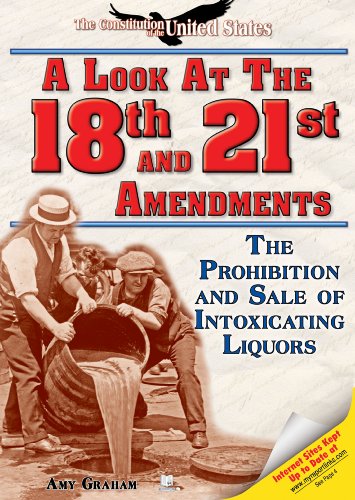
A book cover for A Look at the Eighteenth and Twenty-first Amendments: The Prohibition and Sale of Intoxicating Liquors (The Constitution of the United States); Amy Graham; Children's Books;